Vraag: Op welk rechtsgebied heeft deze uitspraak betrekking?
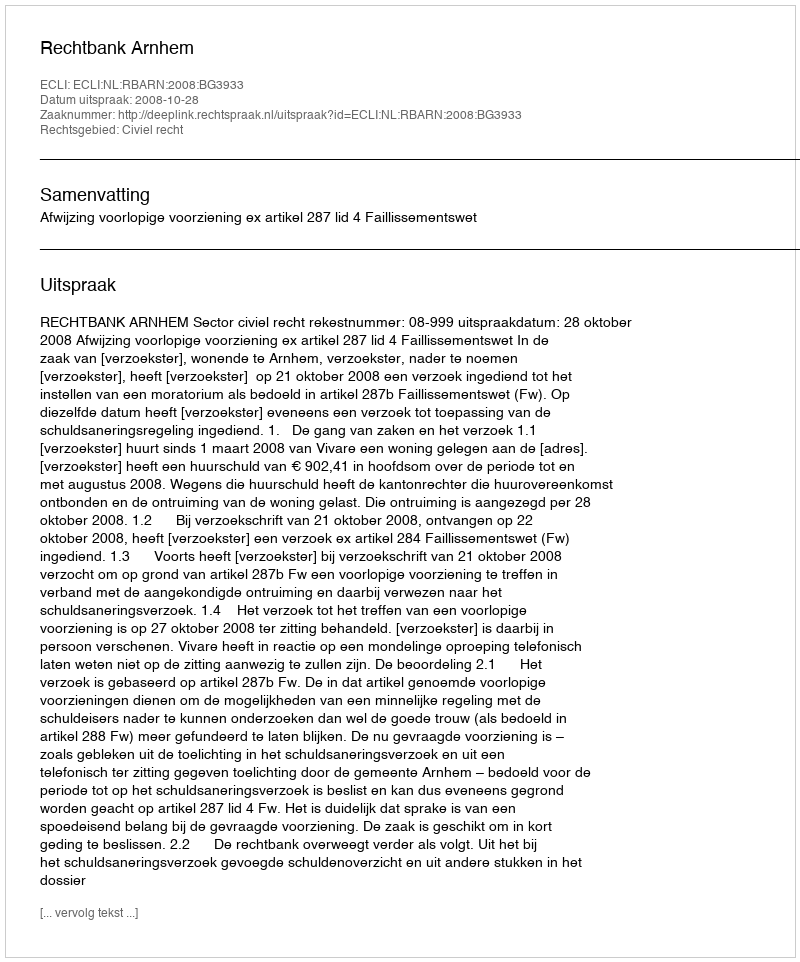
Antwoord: Civiel recht